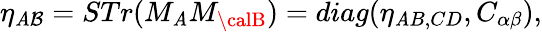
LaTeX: \eta_{{\cal\mathit{A}B}}=STr(M_{{\cal\mathit{A}}}M_{{\calB}})=diag(\eta_{\mathit{A}B,CD},C_{\alpha\beta}),